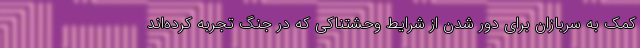
کمک به سربازان برای دور شدن از شرایط وحشتناکی که در جنگ تجربه کرده‌اند